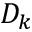
D _ { k }